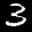
Label: 3